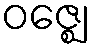
ဝဇ္ဈေ